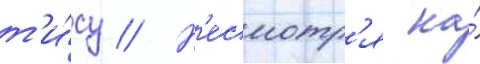
т'и́су // Н'есмотр'я на́